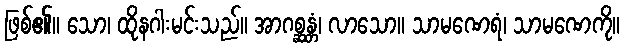
ဖြစ်၏။ သော၊ ထိုနဂါးမင်းသည်။ အာဂစ္ဆန္တံ၊ လာသော။ သာမဏေရံ၊ သာမဏေကို။